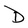
Character: D